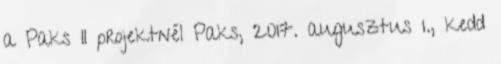
a Paks II projektnél Paks, 2017. augusztus 1., kedd